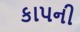
કાપની